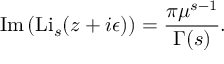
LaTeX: \operatorname { I m } \left( \operatorname { L i } _ { s } ( z + i \epsilon ) \right) = { \frac { \pi \mu ^ { s - 1 } } { \Gamma ( s ) } } .